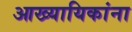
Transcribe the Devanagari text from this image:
आख्यायिकांना